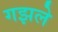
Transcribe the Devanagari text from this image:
गझले